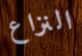
النزاع